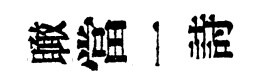
瞰當一詩